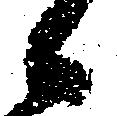
候